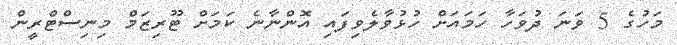
މަހުގެ 5 ވަނަ ދުވަހާ ހަމައަށް ހުޅުވާލެވިފައި އޮންނާނެ ކަމަށް ޓޫރިޒަމް މިނިސްޓްރީން